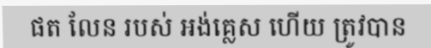
ផត លែន របស់ អង់គ្លេស ហើយ ត្រូវបាន